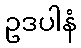
ဥဒပါနံ